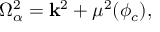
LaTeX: \Omega _ { \alpha } ^ { 2 } = { \bf k } ^ { 2 } + \mu ^ { 2 } ( \phi _ { c } ) ,